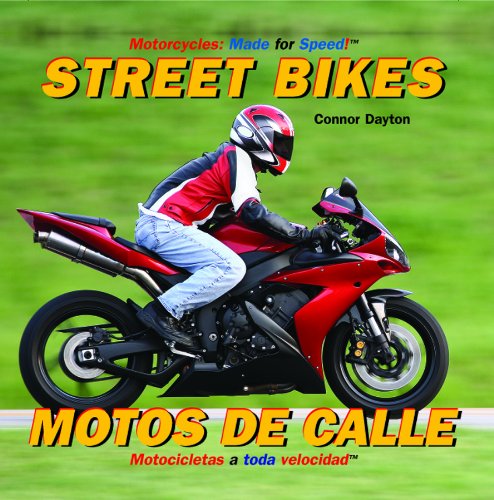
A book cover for Street Bikes/ Motos de calle (Motorcycles: Made for Speed / Motocicletas a Toda Velocidad); Connor Dayton; Children's Books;